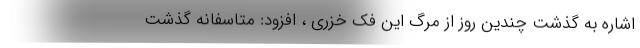
اشاره به گذشت چندین روز از مرگ این فک خزری ، افزود: متاسفانه گذشت